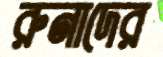
রুনাদের